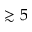
\gtrsim 5